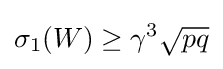
\sigma _{1}(W)\geq \gamma ^{3}{\sqrt {pq}}